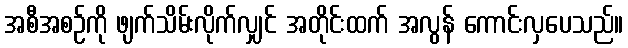
အစီအစဉ်ကို ဖျက်သိမ်းလိုက်လျှင် အတိုင်းထက် အလွန် ကောင်းလှပေသည်။